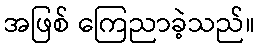
အဖြစ် ကြေညာခဲ့သည်။